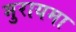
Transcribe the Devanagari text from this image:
मुरायमा